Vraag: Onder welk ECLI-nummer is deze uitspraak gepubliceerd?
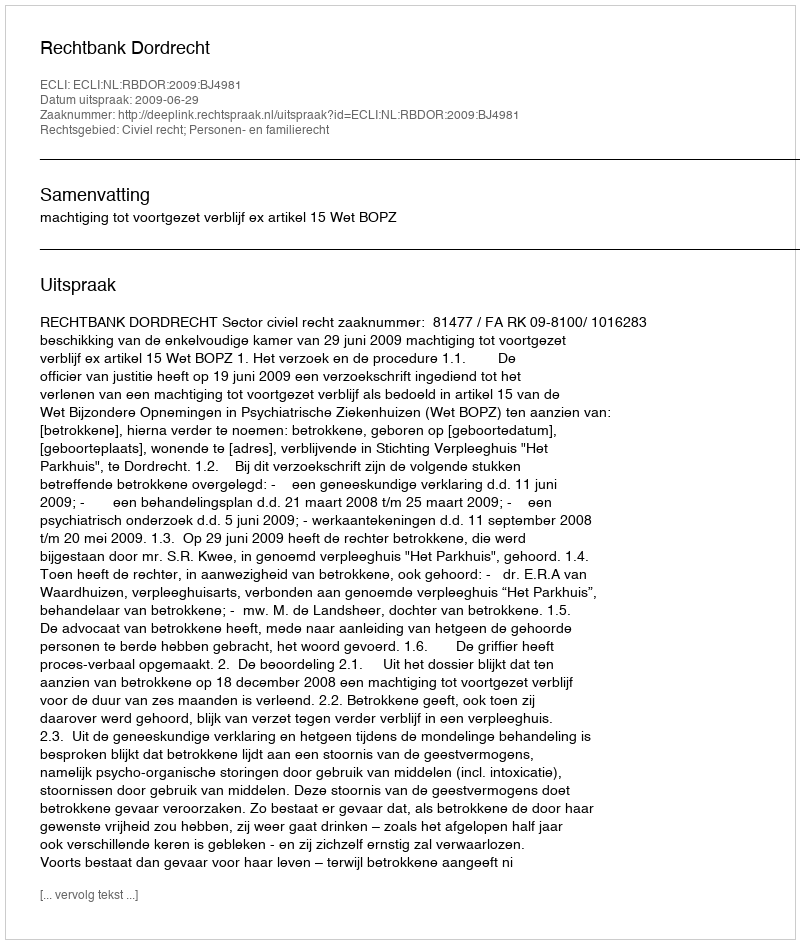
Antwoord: ECLI:NL:RBDOR:2009:BJ4981